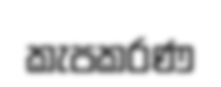
කැපකරණ